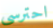
احترسى